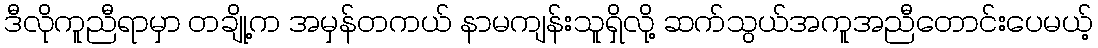
ဒီလိုကူညီရာမှာ တချို့က အမှန်တကယ် နာမကျန်းသူရှိလို့ ဆက်သွယ်အကူအညီတောင်းပေမယ့်